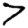
Digit: 7